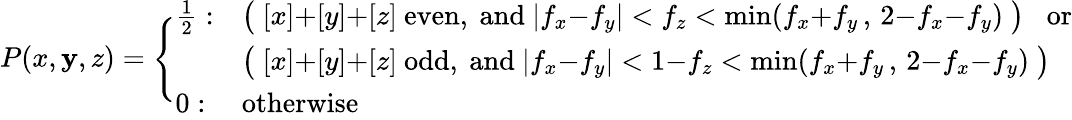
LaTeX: P(x,\mathbf{y},z)=\Bigg\{ \begin{array}{ll}{{\frac{1}{2}:}}&{{\big(\; [x]{+}[y]{+}[z]\mathrm{~even,~and~}|f_{x}{-}f_{y}|<f_{z}<\operatorname*{min}(f_{x}{+}f_{y}\, ,\, 2{-}f_{x}{-}f_{y})\; \big)\; \; \mathrm{~or}}}\\ {{}}&{{\big(\; [x]{+}[y]{+}[z]\mathrm{~odd,~and~}|f_{x}{-}f_{y}|<1{-}f_{z}<\operatorname*{min}(f_{x}{+}f_{y}\, ,\, 2{-}f_{x}{-}f_{y})\; \big)}}\\ {{0:}}&{{\mathrm{otherwise}}}\end{array}